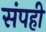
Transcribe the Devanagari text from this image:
संपही